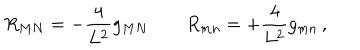
LaTeX: { R _ { M N } = - \frac { 4 } { L ^ { 2 } } g _ { M N } \qquad R _ { m n } = + \frac { 4 } { L ^ { 2 } } g _ { m n } \, , }